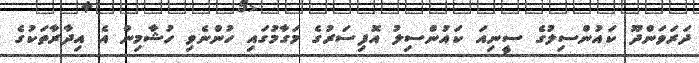
ދަރަވަންދޫ ކައުންސިލުގެ ސީނިއަ ކައުންސިލު އޮފިސަރުގެ މަގާމުގައި ހުންނެވި ހުޝާމިން އެ އިދާރާތަކުގެ